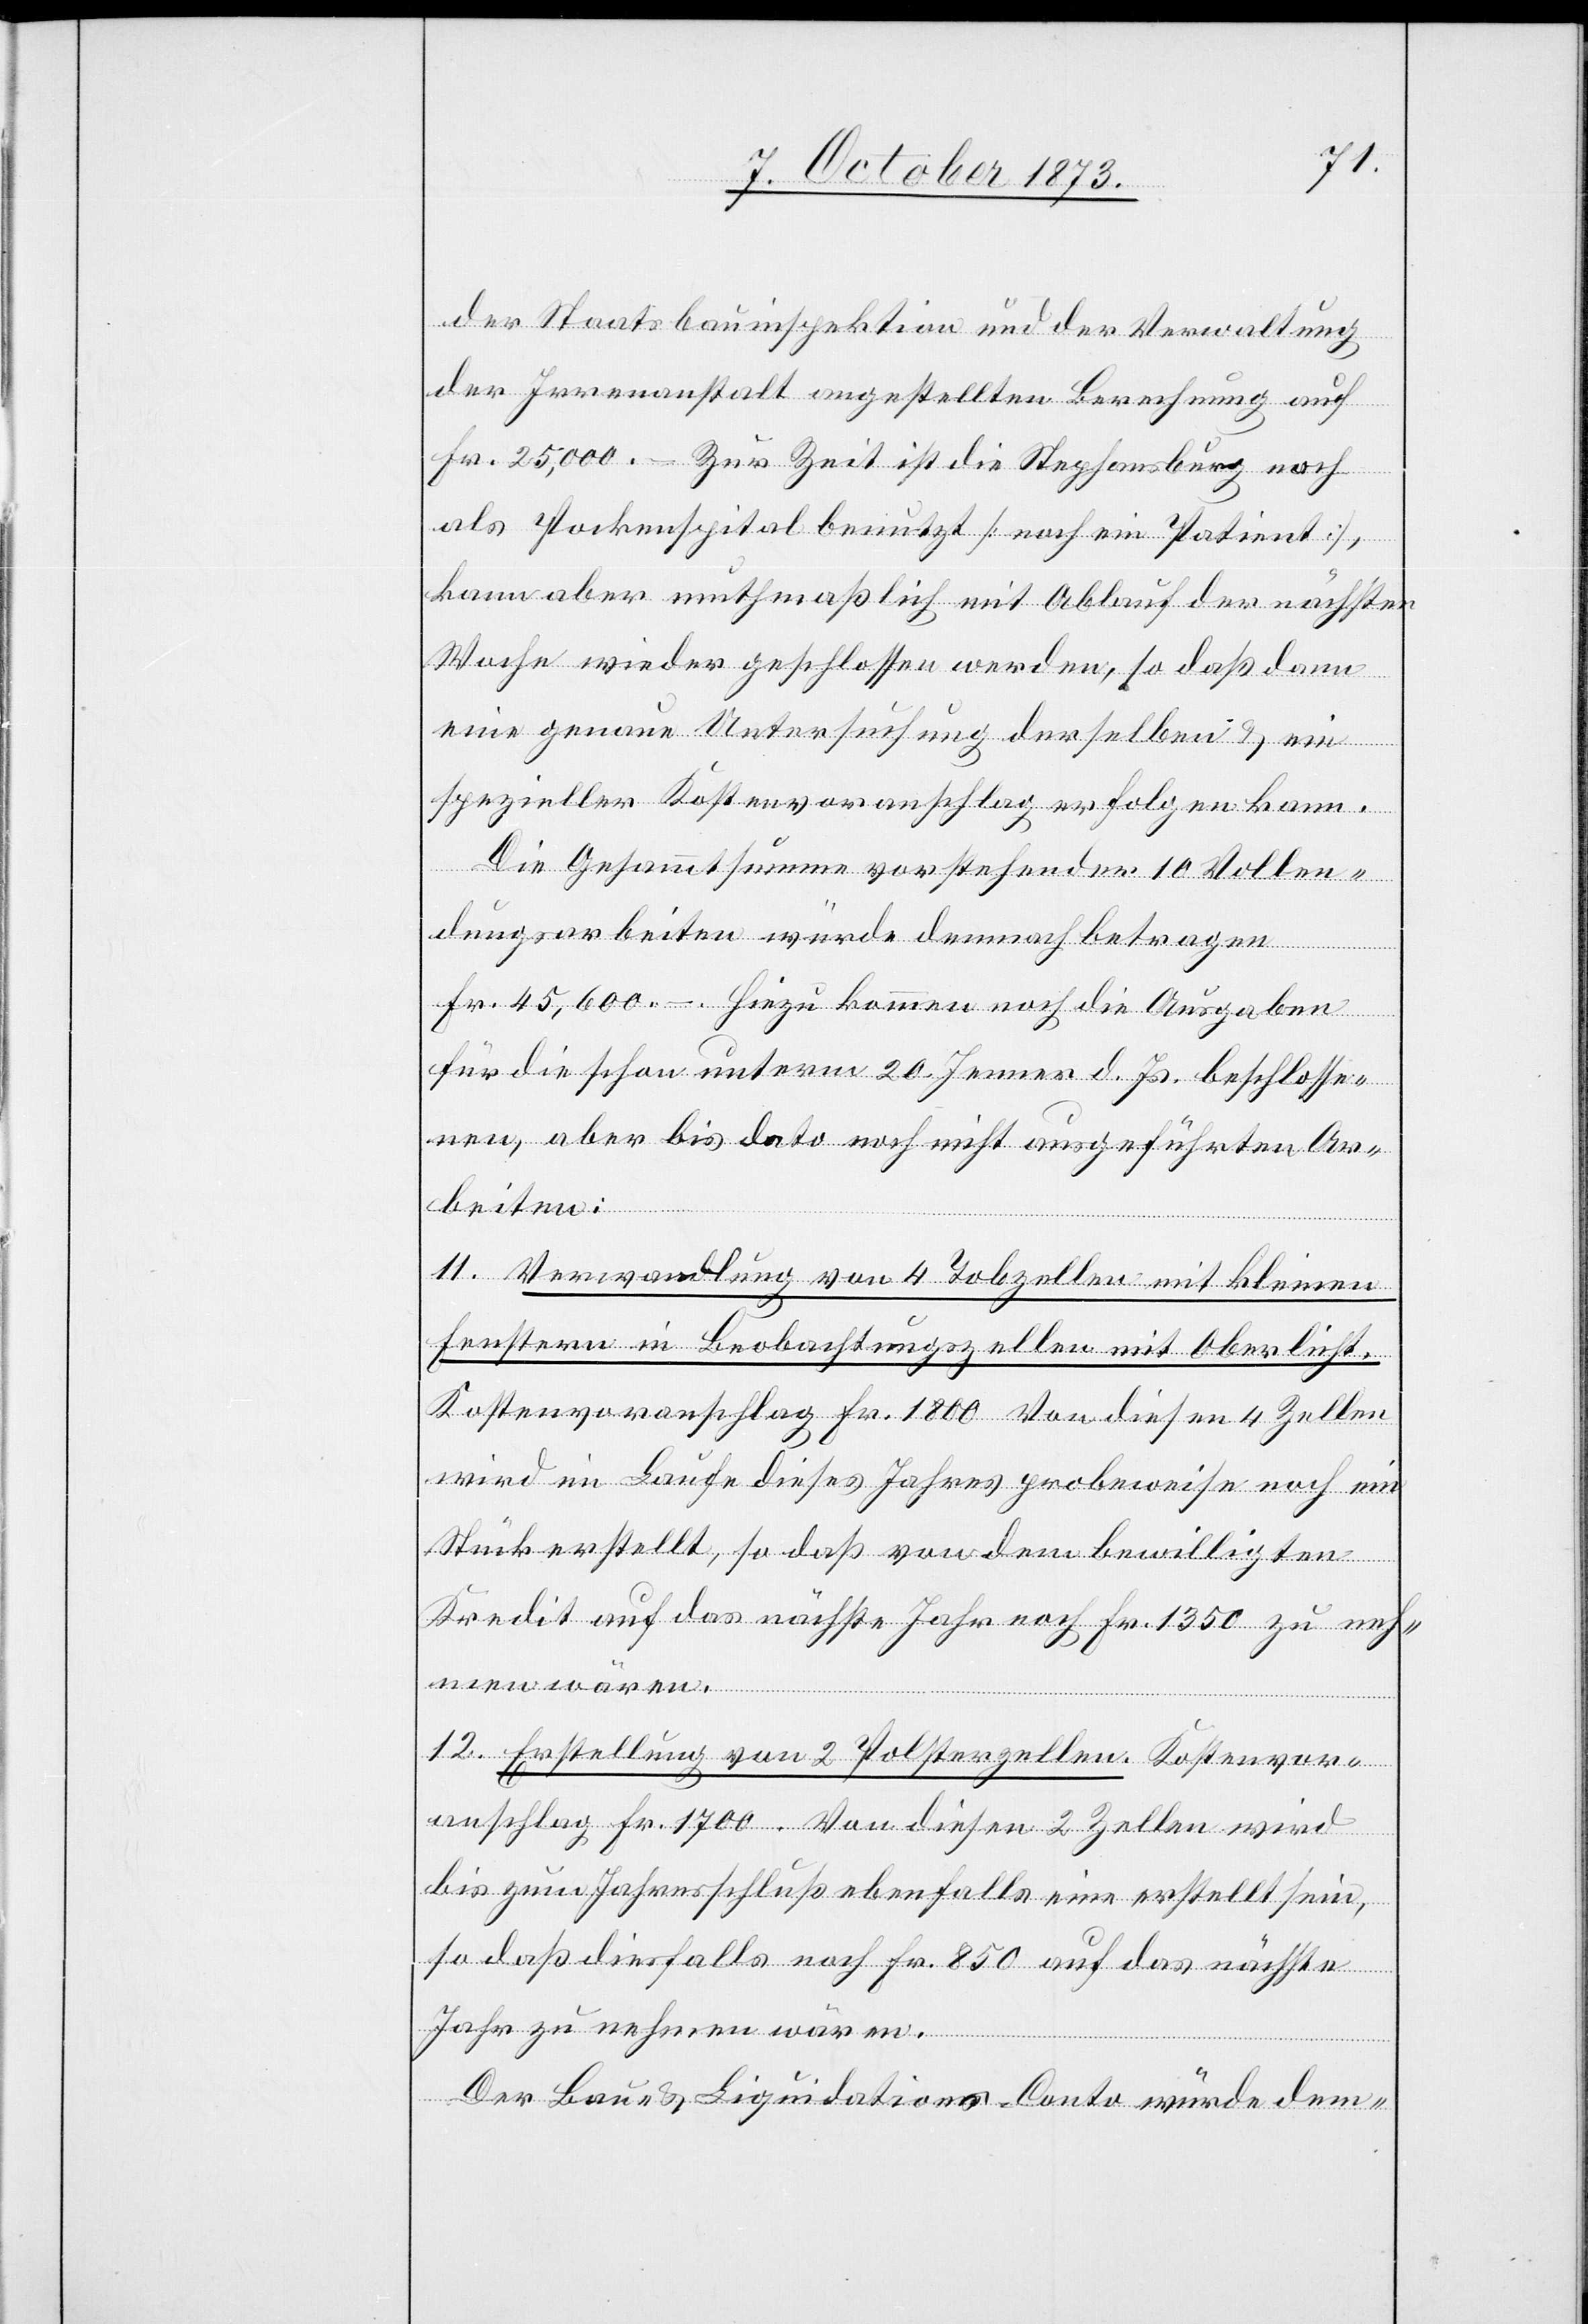
der Staatsbauinspektion und der Verwaltung
der Irrenanstalt angestellten Berechnung auf
Fr. 25,000. – Zur Zeit ist die Stephansburg noch
als Pockenspital benutzt [noch ein Patient],
kann aber muthmaßlich mit Ablauf der nächsten
Woche wieder geschlossen werden, so daß dann
eine genaue Untersuchung derselben & ein
spezieller Kostenvoranschlag erfolgen kann.
Die Gesammtsumme vorstehender 10 Vollen¬
dungsarbeiten würde demnach betragen
Fr. 45,600 –. Hiezu kommen noch die Ausgaben
für die schon unterm 20. Jenner d. Js. beschlosse¬
nen, aber bis dato noch nicht ausgeführten Ar¬
beiten:
11. Verwandlung von 4 Tobzellen mit kleinen
Fenstern in Beobachtungszellen mit Oberlicht.
Kostenvoranschlag Fr. 1 800[.] Von diesen 4 Zellen
wird im Laufe dieses Jahres probeweise noch ein
Stück erstellt, so daß von dem bewilligten
Kredit auf das nächste Jahr noch Fr. 1 350 zu nehm¬
en
12. Erstellung von 2 Polsterzellen. Kostenvor¬
anschlag Fr. 1 700. Von diesen 2 Zellen wird
bis zum Jahresschluß ebenfalls eine erstellt sein,
so daß diesfalls noch Fr. 850 auf das nächste
Jahr zu nehmen wären.
Der Bau- & Liquidations-Conto würde dem-